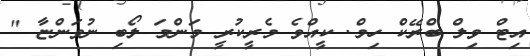
އިޓް ވިލް ބްރޭކް ހިމް. ކީއްވެ މެރީކުރީ މަންމަ ލޯބި ނުވަންޏާ "